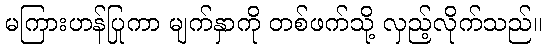
မကြားဟန်ပြုကာ မျက်နှာကို တစ်ဖက်သို့ လှည့်လိုက်သည်။